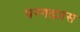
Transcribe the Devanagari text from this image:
घरगड्यास